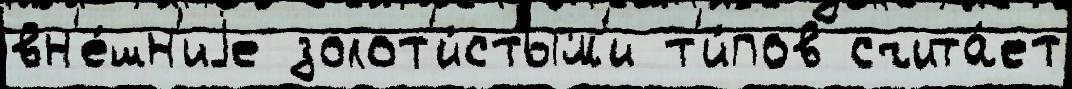
вн'е́шн'иjе золот'и́стым'и т'и́пов счита́ет